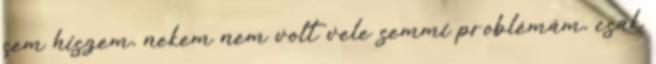
sem hiszem, nekem nem volt vele semmi problémám, csak